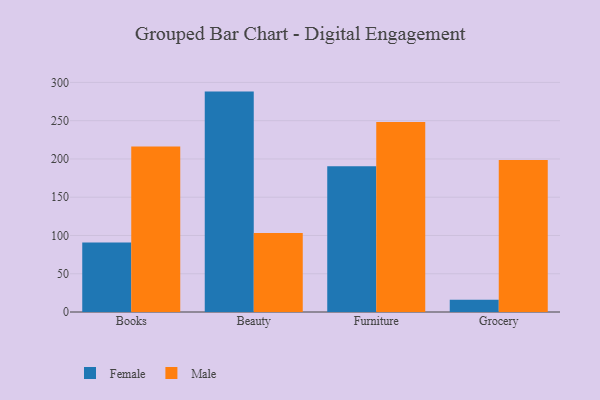
{"axis": {"x": "Category", "y": "Gross Profit (USD K)"}, "legend": ["Female", "Male"], "data": [{"x": "Books", "y": 90.7, "type": "Female"}, {"x": "Books", "y": 216.3, "type": "Male"}, {"x": "Beauty", "y": 288.0, "type": "Female"}, {"x": "Beauty", "y": 103.3, "type": "Male"}, {"x": "Furniture", "y": 190.3, "type": "Female"}, {"x": "Furniture", "y": 248.3, "type": "Male"}, {"x": "Grocery", "y": 15.9, "type": "Female"}, {"x": "Grocery", "y": 198.5, "type": "Male"}]}